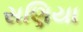
સણિયા